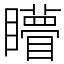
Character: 矒